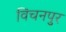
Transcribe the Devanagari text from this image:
विचनपुर